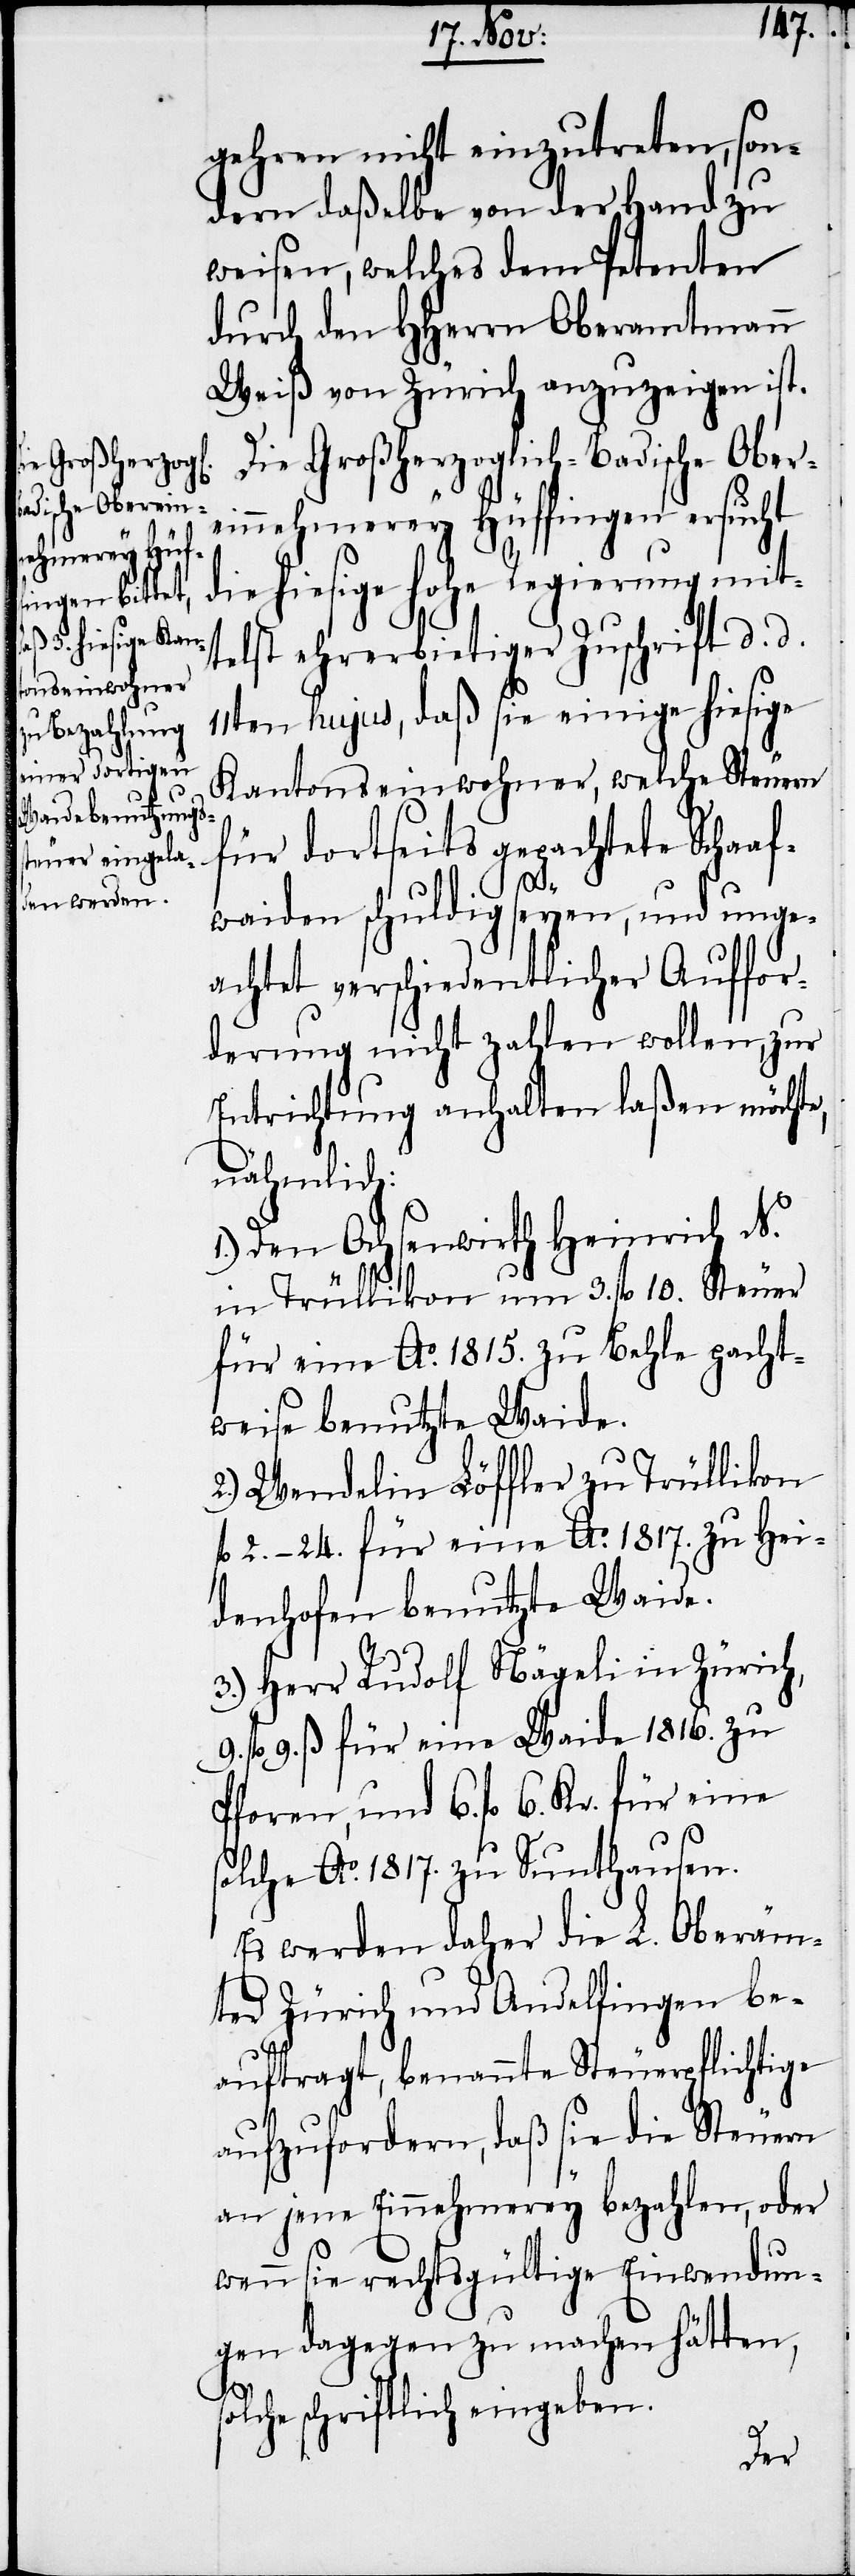
gehren nicht einzutreten, son¬
dern daßelbe von der Hand zu
weisen, welches dem Petenten
durch den HHerrn Oberamtmann
Weiß von Zürich anzuzeigen ist.
Die Großherzoglich-Badische Ober¬
einnehmerey Hüffingen ersucht
die hiesige hohe Regierung mit¬
telst ehrerbietiger Zuschrift d. d.
11ten hujus, daß sie einige hiesige
Kantonseinwohner, welche Steuern
für dortseits gepachtete Schaaf¬
9.
waiden schuldig seyen, und unge¬
achtet verschiedentlicher Auffor¬
derung nicht zahlen wollen, zur
Entrichtung anhalten laßen möchte,
nähmlich:
1.) Den Ochsenwirth Heinrich N.
in Trüllikon um 3. fl 10. Steuer
für eine Ao. 1815. zu Behle pacht¬
weise benutzte Waide.
2.) Wendelin Löffler zu Trüllikon
fl 2.−24. für eine Ao. 1817. zu Hei¬
denhofen benutzte Waide.
3.) Herr Rudolf Nägeli in Zürich,
9. ß für eine Waide 1816. zu
Pforen, und 6. fl 6. Kr. für eine
solche Ao. 1817. zu Sunthausen.
Es werden daher die L. Oberäm¬
ter Zürich und Andelfingen be¬
auftragt, benannte Steuerpflichtige
aufzufordern, daß sie die Steuern
an jene Einnehmerey bezahlen, oder
wenn sie rechtsgültige Einwendun¬
gen dagegen zu machen hätten,
s¬
olche schriftlich eingeben.